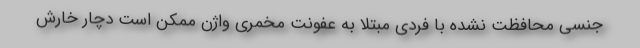
جنسی محافظت نشده با فردی مبتلا به عفونت مخمری واژن ممکن است دچار خارش